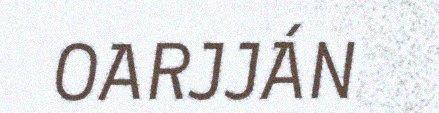
OARJJÁN